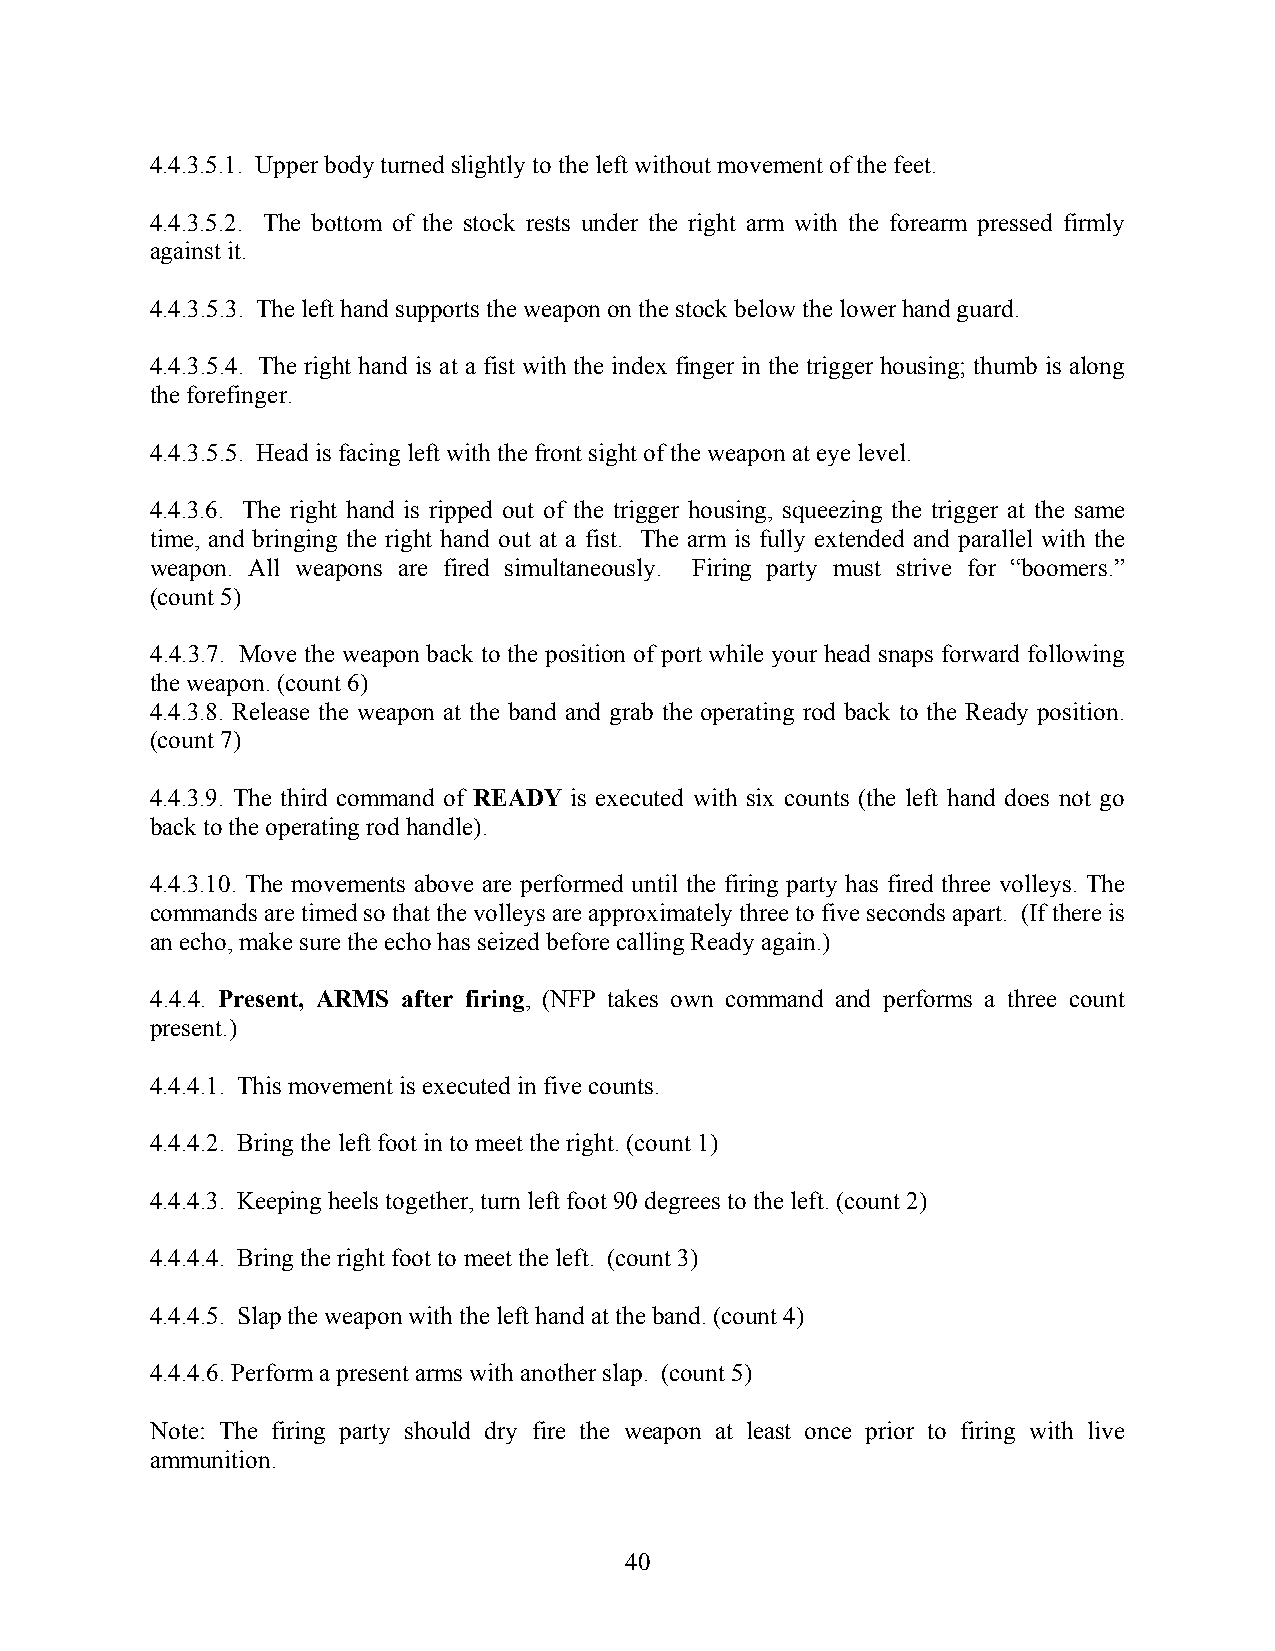
4.4.3.5.1. Upper body turned slightly to the left without movement of the feet.
 4.4.3.5.2. The bottom of the stock rests under the right arm with the forearm pressed firmly
 against it.
 4.4.3.5.3. The left hand supports the weapon on the stock below the lower hand guard.
 4.4.3.5.4. The right hand is at a fist with the index finger in the trigger housing; thumb is along
 the forefinger.
 4.4.3.5.5. Head is facing left with the front sight of the weapon at eye level.
 4.4.3.6. The right hand is ripped out of the trigger housing, squeezing the trigger at the same
 time, and bringing the right hand out at a fist. The arm is fully extended and parallel with the
 weapon. All weapons are fired simultaneously. Firing party must strive for “boomers.”
 (count 5)
 4.4.3.7. Move the weapon back to the position of port while your head snaps forward following
 the weapon. (count 6)
 4.4.3.8. Release the weapon at the band and grab the operating rod back to the Ready position.
 (count 7)
 4.4.3.9. The third command of READY is executed with six counts (the left hand does not go
 back to the operating rod handle).
 4.4.3.10. The movements above are performed until the firing party has fired three volleys. The
 commands are timed so that the volleys are approximately three to five seconds apart. (If there is
 an echo, make sure the echo has seized before calling Ready again.)
 4.4.4. Present, ARMS after firing, (NFP takes own command and performs a three count
 present.)
 4.4.4.1. This movement is executed in five counts.
 4.4.4.2. Bring the left foot in to meet the right. (count 1)
 4.4.4.3. Keeping heels together, turn left foot 90 degrees to the left. (count 2)
 4.4.4.4. Bring the right foot to meet the left. (count 3)
 4.4.4.5. Slap the weapon with the left hand at the band. (count 4)
 4.4.4.6. Perform a present arms with another slap. (count 5)
 Note: The firing party should dry fire the weapon at least once prior to firing with live
 ammunition.
 40